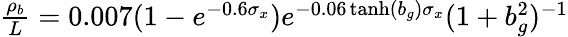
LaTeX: \begin{array}{r}{\frac{\rho_{b}}{L}=0.007(1-e^{-0.6\sigma_{x}})e^{-0.06\operatorname{tanh}(b_{g})\sigma_{x}}(1+b_{g}^{2})^{-1}}\end{array}